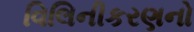
વિલિનીકરણનો